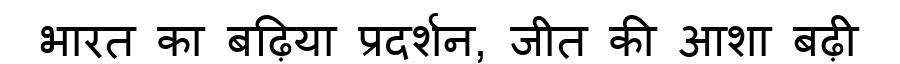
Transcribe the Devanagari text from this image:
भारत का बढ़िया प्रदर्शन, जीत की आशा बढ़ी